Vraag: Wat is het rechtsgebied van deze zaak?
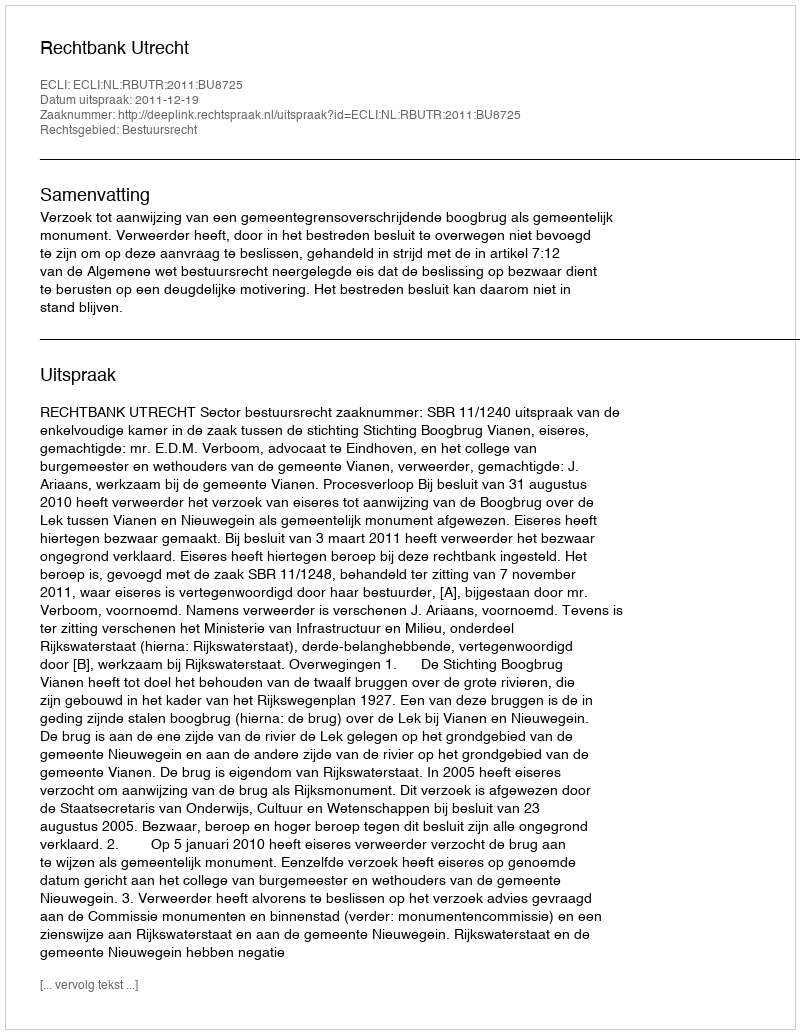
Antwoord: Bestuursrecht